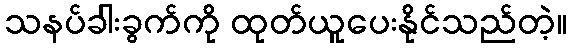
သနပ်ခါးခွက်ကို ထုတ်ယူပေးနိုင်သည်တဲ့။